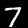
Label: 7